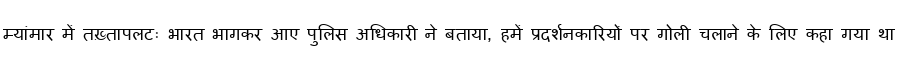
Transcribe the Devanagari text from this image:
म्यांमार में तख़्तापलटः भारत भागकर आए पुलिस अधिकारी ने बताया, हमें प्रदर्शनकारियों पर गोली चलाने के लिए कहा गया था